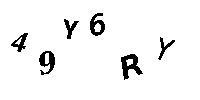
49Y6RY